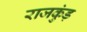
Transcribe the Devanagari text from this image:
राजकुंड़